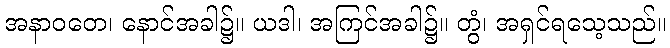
အနာဝတေ၊ နောင်အခါ၌။ ယဒါ၊ အကြင်အခါ၌။ တွံ၊ အရှင်ရသေ့သည်။